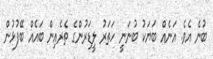
ބުނެ އެވެ. އަނެއް ބަޔަކު ބުނަނީ ހަތަރު ލީޑަރުންގެ ތެރެއިން ބައެއް ބޭފުޅުން